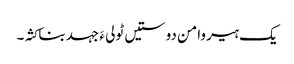
یک ہیروامن دوستیں ٹولی ءَ جہد بناکثہ۔